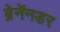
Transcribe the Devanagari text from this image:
ब्रेनेंनडर